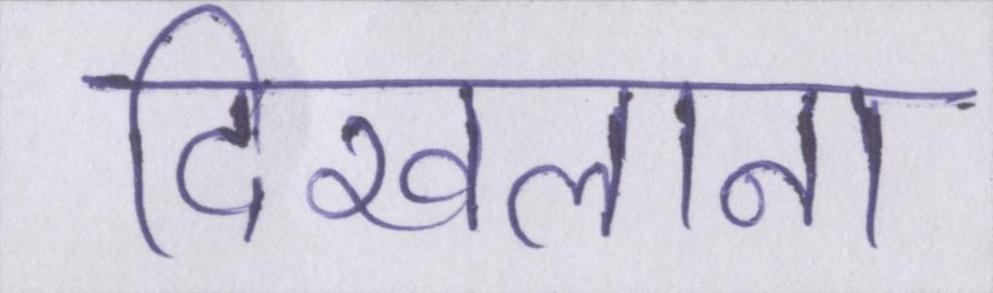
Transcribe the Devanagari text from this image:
दिखलाना